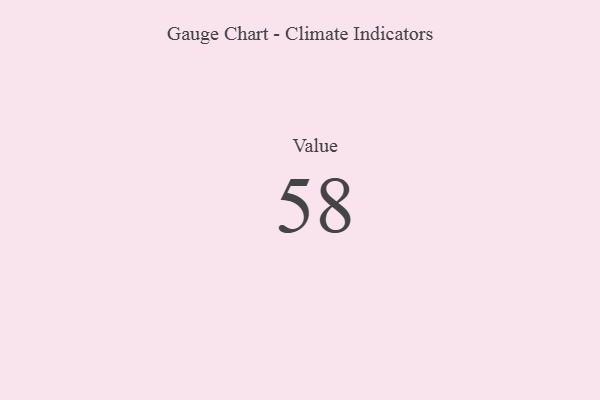
{"axis": {"x": "Metric", "y": "Value"}, "legend": [""], "data": [{"x": "Value", "y": 58, "type": ""}]}